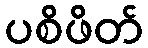
ပစိဖိတ်